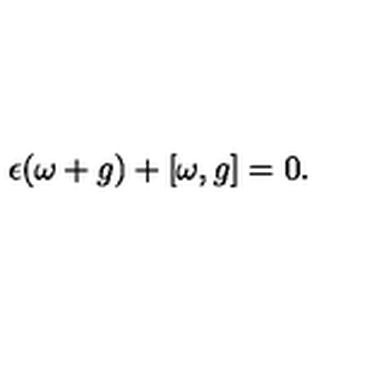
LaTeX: \epsilon ( \omega + g ) + [ \omega , g ] = 0 .